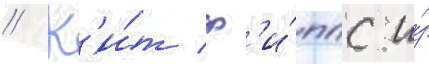
// К'и́т ф'и́ппс и́з